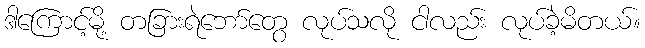
ဒါကြောင့်မို့ တခြားရဲဘော်တွေ လုပ်သလို ငါလည်း လုပ်ခဲ့မိတယ်။